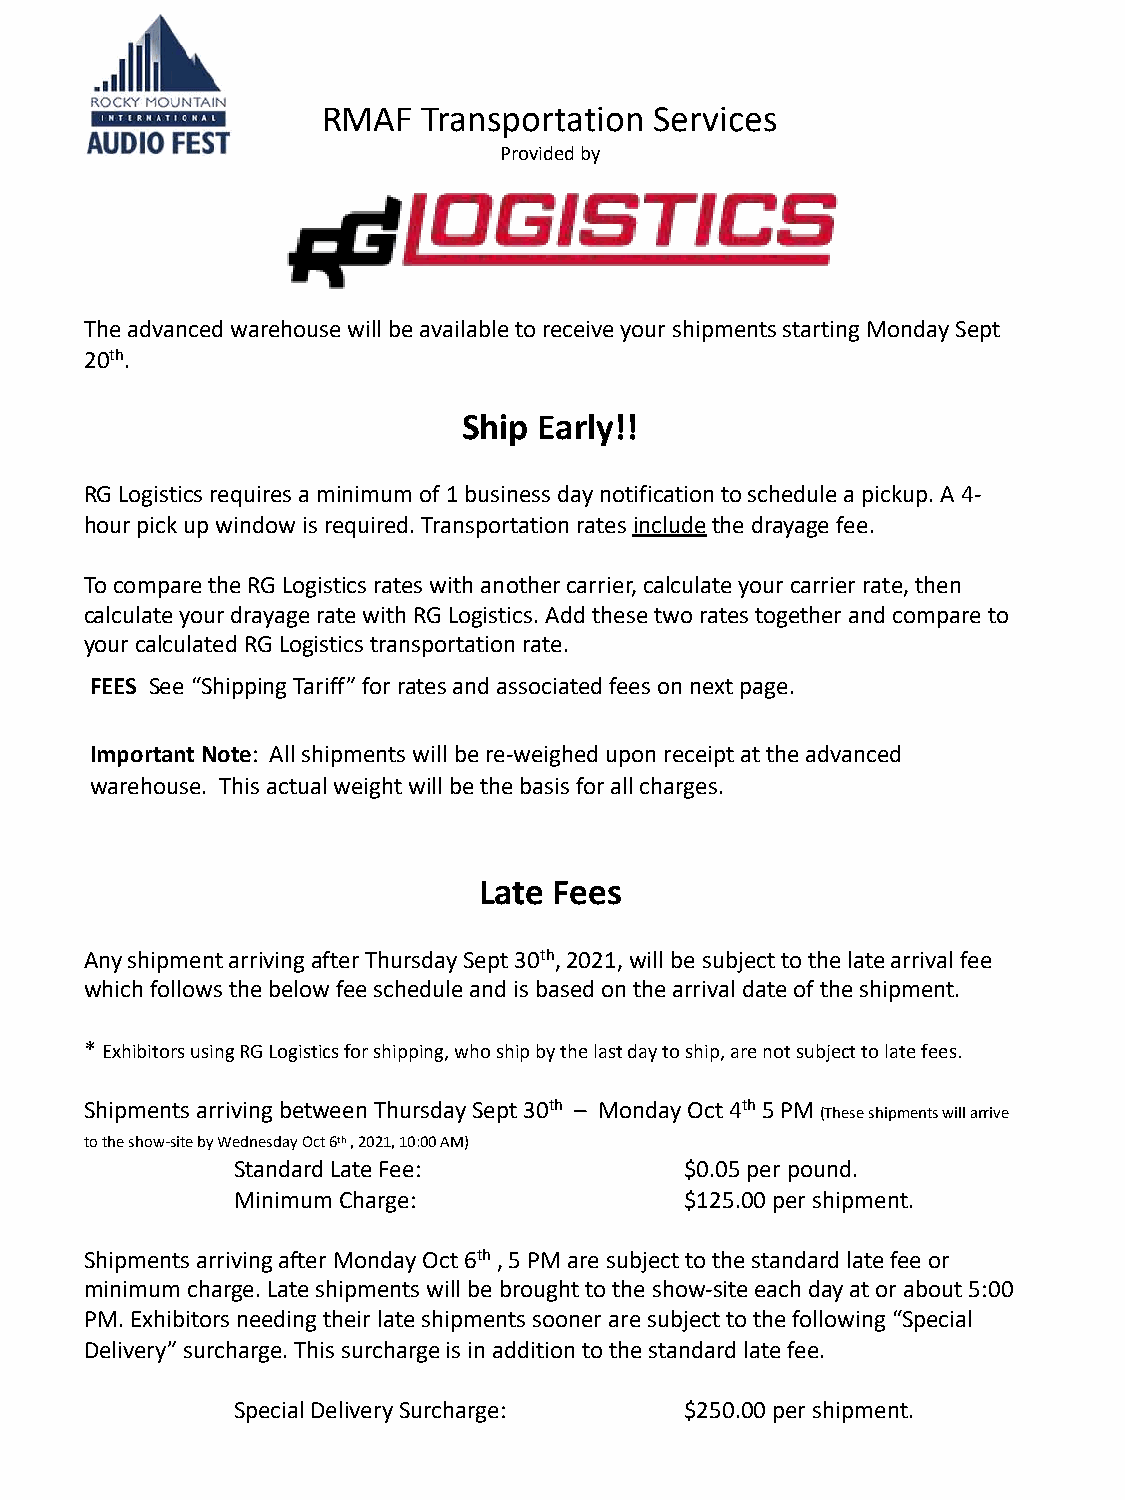
RMAF   Transportation Services
 Provided by
 The advanced warehouse will be available to receive your shipments starting Monday Sept
 20th.
 Ship Early!!
 RG Logistics requires a minimum of 1 business day notification to schedule a pickup. A 4-
 hour pick up window is required. Transportation rates includethe drayage fee.
 To compare the RG Logistics rates with another carrier, calculate your carrier rate, then
 calculate your drayage rate with RG Logistics. Add these two rates together and compare to
 your calculated RG Logistics transportation rate.
 FEES See “Shipping Tariff” for rates and associated fees on next page.
 Important Note: All shipments will be re-weighed upon receipt at the advanced
 warehouse. This actual weight will be the basis for all charges.
 Late Fees
 Any shipment arriving after Thursday Sept 30th, 2021, will be subject to the late arrival fee
 which follows the below fee schedule and is based on the arrival date of the shipment.
 * Exhibitors using RG Logistics for shipping, who ship by the last day to ship, are not subject to late fees.
 Shipments arriving between Thursday Sept 30th – Monday Oct 4th5 PM (These shipments will arrive
 to the show-site by Wednesday Oct 6th, 2021, 10:00 AM)
 Standard Late Fee:           $0.05 per pound.
 Minimum Charge:              $125.00 per shipment.
 Shipments arriving after Monday Oct 6th, 5 PM are subject to the standard late fee or
 minimum charge. Late shipments will be brought to the show-site each day at or about 5:00
 PM. Exhibitors needing their late shipments sooner are subject to the following “Special
 Delivery” surcharge. This surcharge is in addition to the standard late fee.
 Special Delivery Surcharge:  $250.00 per shipment.